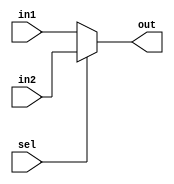
module mux(in1,in2,sel,out);
    input in1,in2,sel;
    output out;

    assign out = sel ? in2 : in1 ;

endmodule

module test;
    reg i1, i2, s;
    wire o;

    mux m1(i1,i2,s,o);

    initial begin
    $dumpfile("vcd/Mux.vcd");
    $dumpvars(0, test);
    $display("in1 \t in2 \t sel \t out");
    $monitor("%b \t %b \t %b \t %b", i1, i2, s, o);

        i1 = 0;
        i2 = 0;
        s = 0;
        #10

        i1 = 0;
        i2 = 0;
        s = 1;
        #10

        i1 = 0;
        i2 = 1;
        s = 0;
        #10

        i1 = 0;
        i2 = 1;
        s = 1;
        #10

        i1 = 1;
        i2 = 0;
        s = 0;
        #10

        i1 = 1;
        i2 = 0;
        s = 1;
        #10

        i1 = 1;
        i2 = 1;
        s = 0;
        #10

        i1 = 1;
        i2 = 1;
        s = 1;
        #10

    $finish;
    end
endmodule